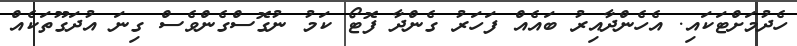
ހެދުމަށްޓަކައި. އެހެންދާއިރު ބައެއް ފަހަރު ގެންދާ ފޮޓޯ ކަމު ނުގޮސްގެންވެސް ގިނަ އުދަގޫތަކެއް